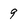
Character: 9